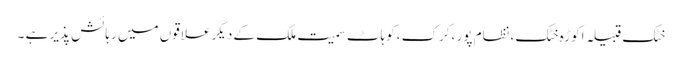
خٹک قبیلہ اکوڑہ خٹک ،نظام پور ،کرک ،کوہاٹ سمیت ملک کے دیگر علاقوں میں رہائش پذیر ہے ۔